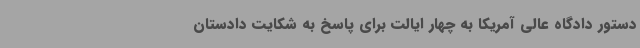
دستور دادگاه عالی آمریکا به چهار ایالت برای پاسخ به شکایت دادستان